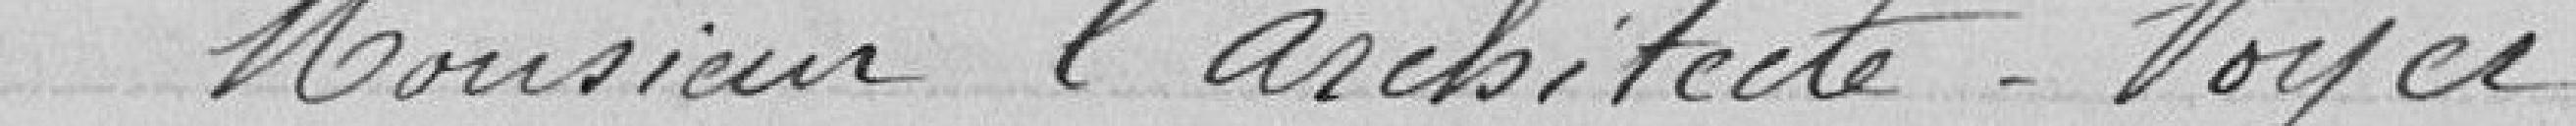
Monsieur l'Architecte Voyer